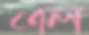
এল